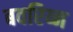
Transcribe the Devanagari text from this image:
बवरिय्न